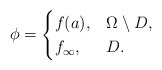
\begin{align*}\phi=\begin{cases}f(a), & \Omega\setminus D,\\f_{\infty}, & D.\end{cases}\end{align*}